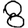
Digit: 8